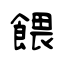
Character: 餵